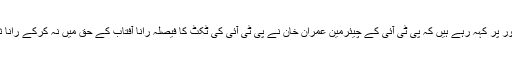
جبکہ موجودہ حالات میں سیاسی حلقے واضح طور پر کہہ رہے ہیں کہ پی ٹی آئی کے چیئرمین عمران خان نے پی ٹی آئی کی ٹکٹ کا فیصلہ رانا آفتاب کے حق میں نہ کرکے رانا ثناء اللہ کو اس حلقے میں’’ واک اوور‘‘ دیدیا ہے۔